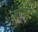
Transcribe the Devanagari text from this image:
ह्रीवेर